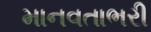
માનવતાભરી